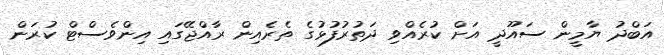
އަބްދު ޔާމީން ސައޫދީ އަށް ކުރެއްވި ދަތުރުފުޅުގެ ތެރެއިން ރާއްޖޭގައި އިންވެސްޓް ކުރަން